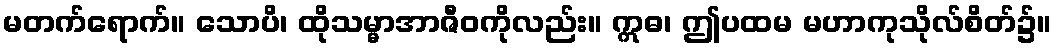
မတက်ရောက်။ သောပိ၊ ထိုသမ္မာအာဇီဝကိုလည်း။ ဣဓ၊ ဤပထမ မဟာကုသိုလ်စိတ်၌။